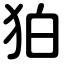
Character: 狛